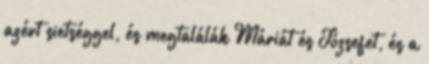
azért sietséggel, és megtalálák Máriát és Józsefet, és a